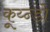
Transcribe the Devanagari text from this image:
कूय्न्डो